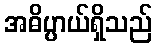
အဓိပ္ပာယ်ရှိသည်